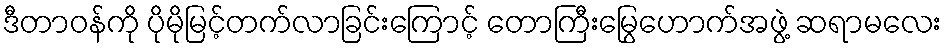
ဒီတာဝန်ကို ပိုမိုမြင့်တက်လာခြင်းကြောင့် တောကြီးမြွေဟောက်အဖွဲ့ ဆရာမလေး